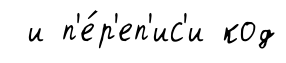
и п'е́р'еп'ис'и код